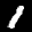
Label: 1